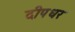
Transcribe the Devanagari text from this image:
दीपधर